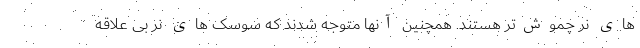
های نر چموش‌تر هستند. همچنین آنها متوجه شدند که سوسک های نر بی علاقه